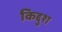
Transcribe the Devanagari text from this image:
किद्दुश